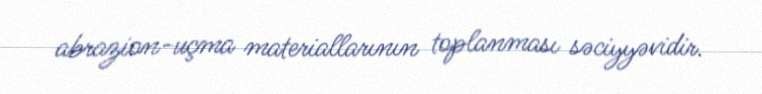
abrazion-uçma materiallarının toplanması səciyyəvidir.